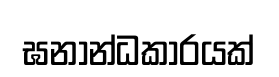
ඝනාන්ධකාරයක්